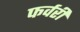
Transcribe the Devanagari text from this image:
फर्वरी